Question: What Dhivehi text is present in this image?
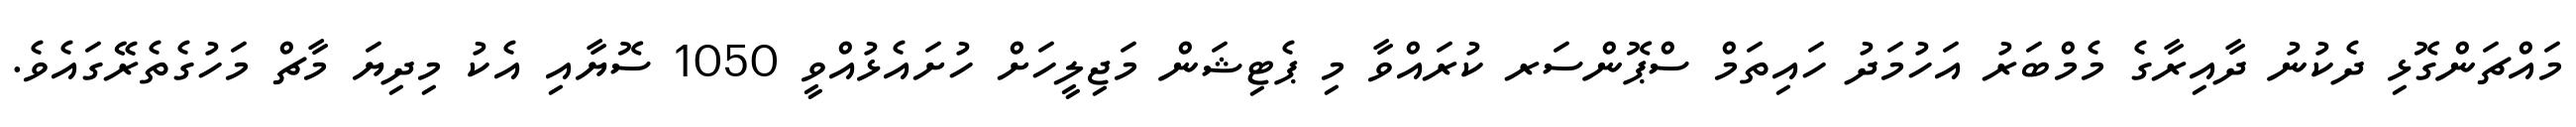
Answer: މައްޗަންގޮޅި ދެކުނު ދާއިރާގެ މެމްބަރު އަހުމަދު ހައިތަމް ސްޕޮންސަރ ކުރައްވާ މި ޕެޓިޝަން މަޖިލީހަށް ހުށައެޅުއްވީ 1050 ސޮޔާއި އެކު މިދިޔަ މާޗް މަހުގެތެރޭގައެވެ.